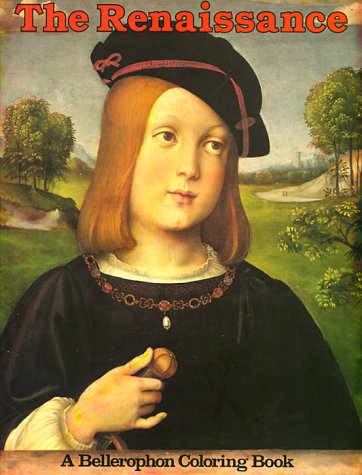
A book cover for Renaissance (Bellerophon Coloring Book); Bellerophon Books; Children's Books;